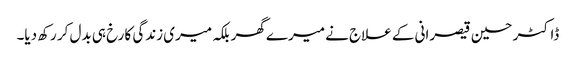
ڈاکٹر حسین قیصرانی کے علاج نے میرے گھر بلکہ میری زندگی کا رخ ہی بدل کر رکھ دیا۔